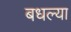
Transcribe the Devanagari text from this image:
बधल्या